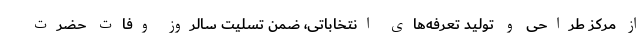
از مرکز طراحی و تولید تعرفه‌های انتخاباتی، ضمن تسلیت سالروز وفات حضرت